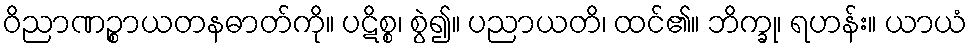
ဝိညာဏဉ္စာယတနဓာတ်ကို။ ပဋိစ္စ၊ စွဲ၍။ ပညာယတိ၊ ထင်၏။ ဘိက္ခု၊ ရဟန်း။ ယာယံ